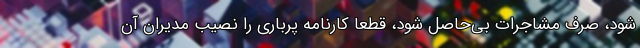
شود، صرف مشاجرات بی‌حاصل شود، قطعا کارنامه پرباری را نصیب مدیران آن